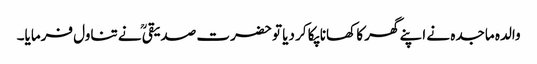
والدہ ماجدہ نے اپنے گھر کا کھانا پکا کر دیا تو حضرت صدیقیؒ نے تناول فرمایا۔